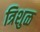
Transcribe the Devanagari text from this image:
त्रिशुळ